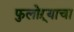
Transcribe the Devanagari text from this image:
फुलोऱ्याचा